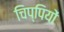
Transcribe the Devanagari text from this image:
चिप्पियों